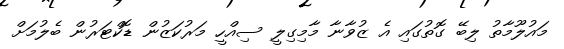
މައުލޫމާތު ލިބޭ ގޮތުގައި އެ ޒުވާނާ މާމިގިލީ ސިއްހީ މަރުކަޒުން ޑޮކްޓަރުން ބެލުމަށް